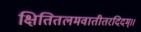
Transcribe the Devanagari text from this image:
क्षितितलमवातीतरदिदम्।।